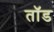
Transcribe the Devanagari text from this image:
तॉड